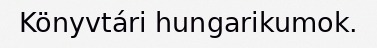
Könyvtári hungarikumok.